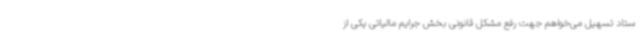
ستاد تسهیل می‌خواهم جهت رفع مشکل قانونی بخش جرایم مالیاتی یکی از